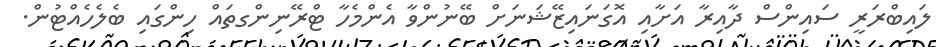
ލައިބްރަރީ ސައިންސް ދާއިރާ އަށާއި އޮގަނައިޒޭޝަނަށް ބޭނުންވާ އެންމެހާ ޓްރޭނިންގތައް ހިންގައި ބެލެހެއްޓުން.